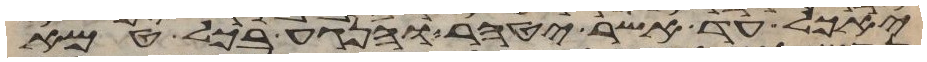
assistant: יאכל עד אשר יטהר והנגע בכל טמא